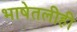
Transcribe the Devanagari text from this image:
भाषेतलीही